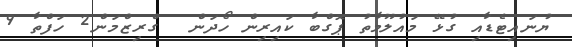
ޔުނައިޓެޑާއި ގުޅޭ މައުލޫމާތު ޕޮގްބާ ކައިރިން ހޯދަން  ގްރިޒްމަން2 ހަފްތާ 9